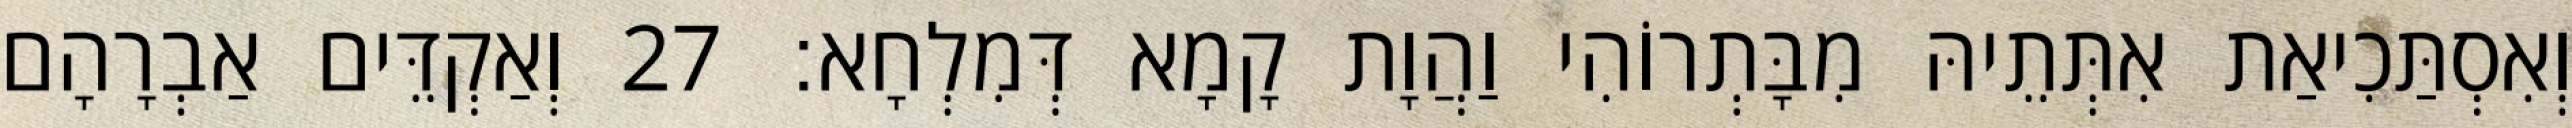
וְאִסְתַּכִיאַת אִתְּתֵיהּ מִבָּתְרוֹהִי וַהֲוָת קָמָא דְּמִלְחָא׃ 27 וְאַקְדֵּים אַבְרָהָם